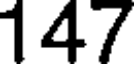
147